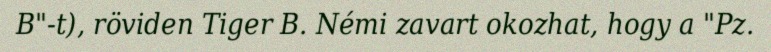
B"-t), röviden Tiger B. Némi zavart okozhat, hogy a "Pz.